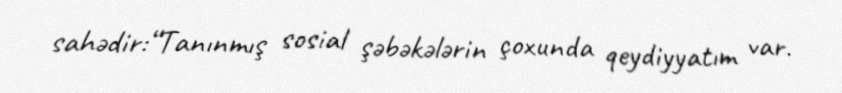
sahədir:“Tanınmış sosial şəbəkələrin çoxunda qeydiyyatım var.